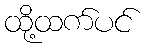
ထို့ထက်ပင်